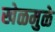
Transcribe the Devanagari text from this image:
खेळमुळे